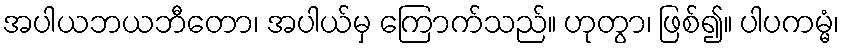
အပါယဘယဘီတော၊ အပါယ်မှ ကြောက်သည်။ ဟုတွာ၊ ဖြစ်၍။ ပါပကမ္မံ၊